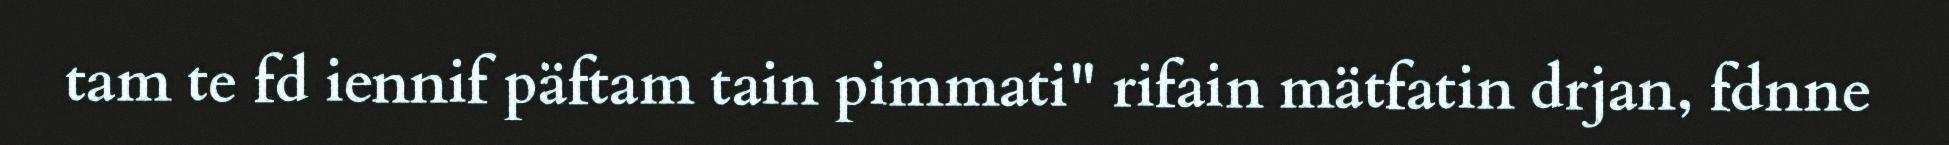
tam te fd iennif päftam tain pimmati" rifain mätfatin drjan, fdnne